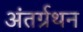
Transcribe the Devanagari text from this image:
अंतर्ग्रथन